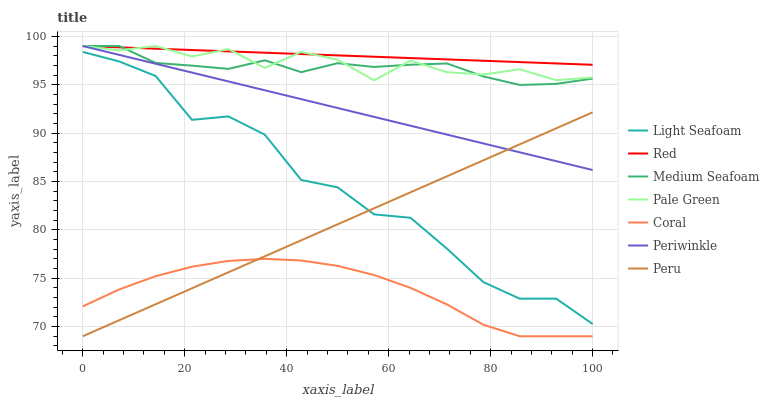
| xaxis_label | Light Seafoam | Red | Medium Seafoam | Pale Green | Coral | Periwinkle | Peru |
 | --- | --- | --- | --- | --- | --- | --- | --- |
 | 0 | 98.4 | 99 | 99 | 99 | 72.1 | 99 | 69 |
 | 7.14 | 97.4 | 98.9 | 99 | 98.5 | 73.8 | 98.1 | 70.7 |
 | 14.3 | 95.9 | 98.7 | 97.3 | 99 | 75.2 | 97.2 | 72.3 |
 | 21.4 | 91.4 | 98.6 | 97 | 97.9 | 76.2 | 96.3 | 74 |
 | 28.6 | 91.7 | 98.4 | 96.6 | 98.7 | 76.8 | 95.3 | 75.6 |
 | 35.7 | 89.8 | 98.3 | 97.5 | 96.7 | 77 | 94.4 | 77.3 |
 | 42.9 | 85.2 | 98.2 | 96.3 | 98.4 | 76.8 | 93.5 | 78.9 |
 | 50 | 84.4 | 98 | 97.2 | 97.6 | 76.3 | 92.6 | 80.6 |
 | 57.1 | 81.6 | 97.9 | 96.8 | 95.4 | 75.3 | 91.7 | 82.2 |
 | 64.3 | 81.2 | 97.8 | 97.1 | 97.5 | 74 | 90.8 | 83.9 |
 | 71.4 | 78.1 | 97.6 | 97.2 | 96.3 | 72.3 | 89.8 | 85.5 |
 | 78.6 | 74.6 | 97.5 | 95.9 | 96.1 | 70.2 | 88.9 | 87.2 |
 | 85.7 | 72.9 | 97.3 | 95 | 96.6 | 69 | 88 | 88.8 |
 | 92.9 | 72.9 | 97.2 | 95.1 | 95.5 | 69 | 87.1 | 90.5 |
 | 100 | 70.3 | 97.1 | 95.6 | 95.8 | 69 | 86.2 | 92.1 |